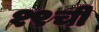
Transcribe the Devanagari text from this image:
१९ची